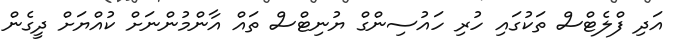
އަދި ފްލެޓްސް ތަކުގައި ހުރި ހައުސިންގް ޔުނިޓްސް ތައް އާންމުންނަށް ކުއްޔަށް ދީގެން